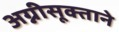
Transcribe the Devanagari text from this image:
अग्नीसूक्ताने